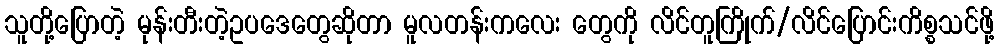
သူတို့ပြောတဲ့ မုန်းတီးတဲ့ဥပဒေတွေဆိုတာ မူလတန်းကလေး တွေကို လိင်တူကြိုက်/လိင်ပြောင်းကိစ္စသင်ဖို့